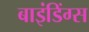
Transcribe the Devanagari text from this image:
बाइंडिंग्स